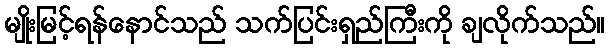
မျိုးမြင့်ရန်နောင်သည် သက်ပြင်းရှည်ကြီးကို ချလိုက်သည်။